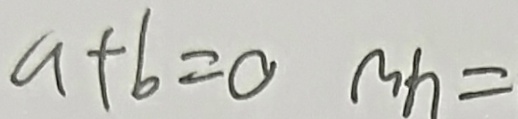
a + b = 0 m h =